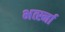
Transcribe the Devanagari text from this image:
भर्त्स्ना